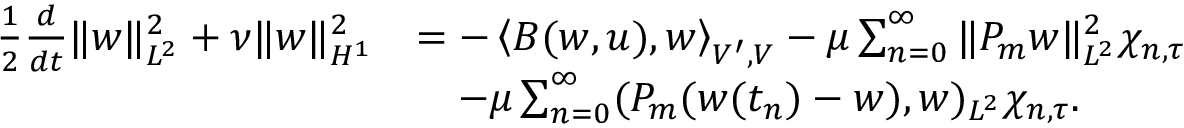
\begin{array} { r l } { \frac { 1 } { 2 } \frac { d } { d t } \| w \| _ { L ^ { 2 } } ^ { 2 } + \nu \| w \| _ { H ^ { 1 } } ^ { 2 } } & { = - \left< B ( w , u ) , w \right> _ { V ^ { \prime } , V } - \mu \sum _ { n = 0 } ^ { \infty } \| P _ { m } w \| _ { L ^ { 2 } } ^ { 2 } \chi _ { n , \tau } } \\ & { \quad - \mu \sum _ { n = 0 } ^ { \infty } ( P _ { m } ( w ( t _ { n } ) - w ) , w ) _ { L ^ { 2 } } \chi _ { n , \tau } . } \end{array}